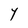
Character: Y